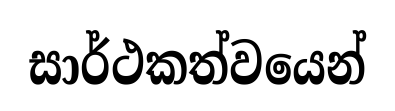
සාර්ථකත්වයෙන්